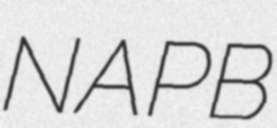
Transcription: NAPB